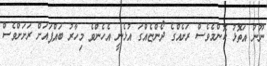
ނޫނު އަތޮޅު ކޮންމެވެސް ރަށެއްގެ ދޯންޏެއްގަ އުޅެނީ އެހެންވެ މިހާރު ބައްޕައަށް ރަށަށްވެސް